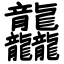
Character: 龘